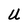
Character: u